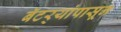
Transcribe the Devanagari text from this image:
बॅटर्‍यांपासून